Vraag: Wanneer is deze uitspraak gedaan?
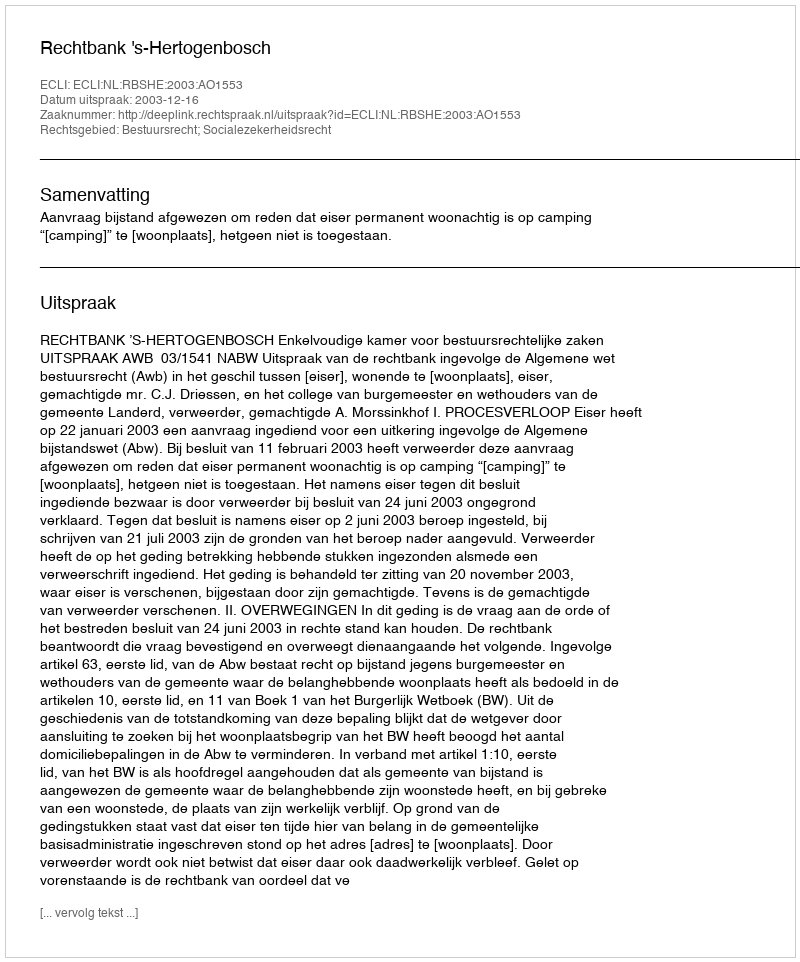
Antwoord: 2003-12-16